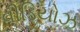
વીડિયોઝ